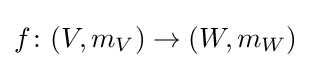
f\colon (V,m_{V})\to (W,m_{W})